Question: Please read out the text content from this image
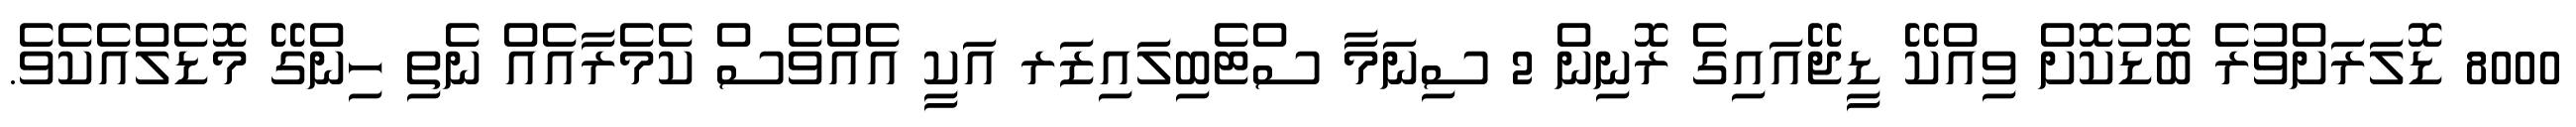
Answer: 8000 ޑޮލަރަށްވުރެ ބޮޑުކޮށް ވިއްކޭ ޑީޖޭއައިގެ ރޮނިން 2 ސިނަމާ ސްޓެބިލައިޒަރ އަކީ އެއްވެސް ކެމެރާއެއް ނެތި ހިންގޭ މޮޑެލްއެކެވެ.